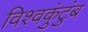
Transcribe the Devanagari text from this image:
विश्वकुंटुंब